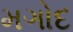
મગોદ